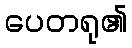
ပေတရု၏